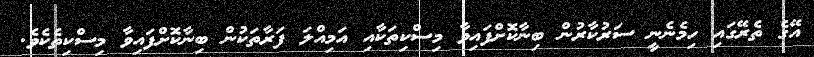
އޭގެ ތެރޭގައި ހިމެނެނީ ސަރުކާރުން ބިނާކޮށްފައިވާ މިސްކިތަކާއި އަމިއްލަ ފަރާތަކުން ބިނާކޮށްފައިވާ މިސްކިތެކެވެ.